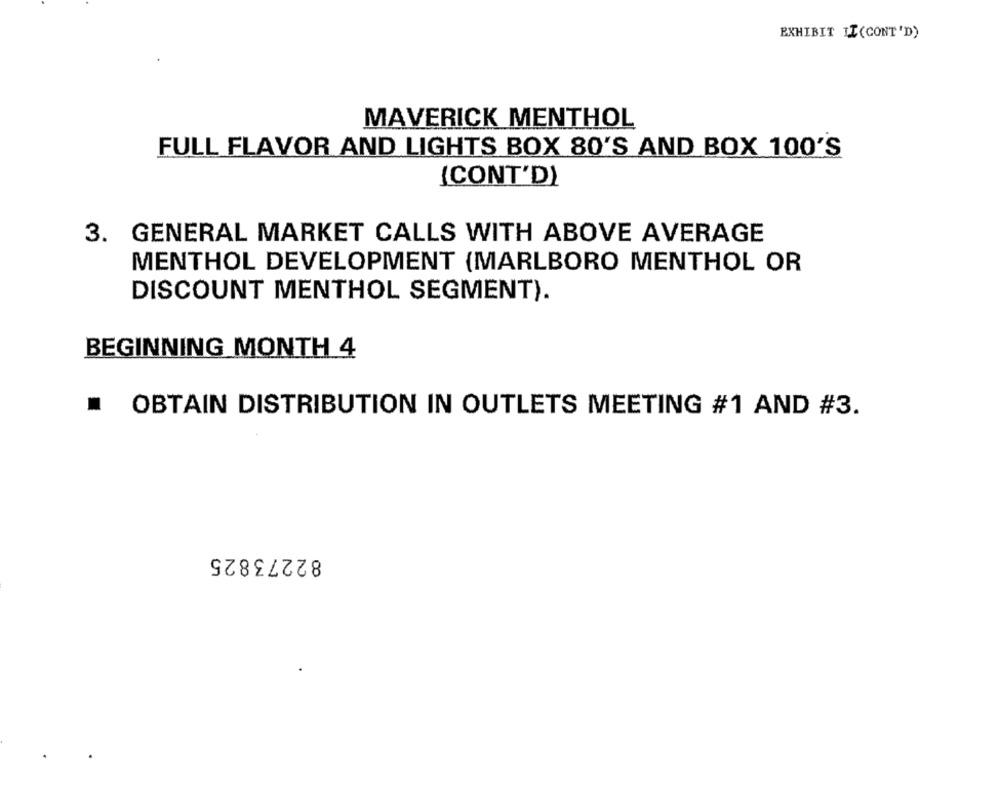
EXHIBIT LI(CONT'D)
MAVERICK MENTHOL
FULL FLAVOR AND LIGHTS BOX 80'S AND BOX 100'S
(CONT'D)
3. GENERAL MARKET CALLS WITH ABOVE AVERAGE
MENTHOL DEVELOPMENT (MARLBORO MENTHOL OR
DISCOUNT MENTHOL SEGMENT).
BEGINNING MONTH 4
.
OBTAIN DISTRIBUTION IN OUTLETS MEETING #1 AND #3.
82273825